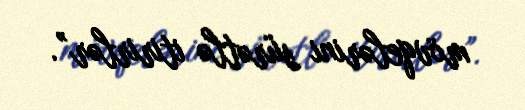
mövqelərini sürətlə itirirlər”.